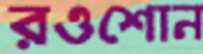
রওশোন